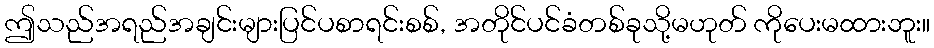
ဤသည်အရည်အချင်းများပြင်ပစာရင်းစစ်, အတိုင်ပင်ခံတစ်ခုသို့မဟုတ် ကိုပေးမထားဘူး။